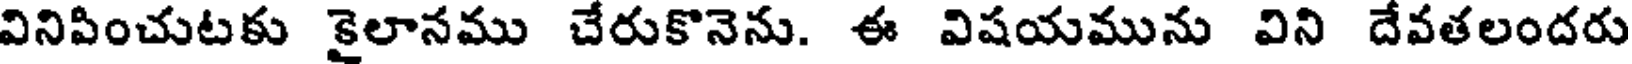
వినిపించుటకు కైలానము చేరుకొనెను. ఈ విషయమును విని దేవతలందరు